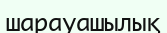
шарауашылық